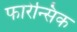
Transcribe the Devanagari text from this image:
फारेन्सिक